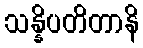
သန္နိပတိတာနိ